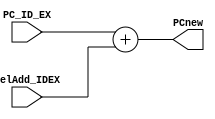
`timescale 1ns / 1ps
//////////////////////////////////////////////////////////////////////////////////
// Company: 
// Engineer: 
// 
// Design Name: 
// Module Name: PC_calculate
// Project Name: 
// Target Devices: 
// Tool Versions: 
// Description: 
// 
// Dependencies: 
// 
// Revision:
// Revision 0.01 - File Created
// Additional Comments:
// 
//////////////////////////////////////////////////////////////////////////////////


module PC_calculate(
    input [7:0] PC_ID_EX,
    input [7:0] relAdd_IDEX,
    output reg [7:0] PCnew
    );
    
    always @(*)
    begin 
        PCnew= PC_ID_EX + relAdd_IDEX;
    end
endmodule